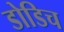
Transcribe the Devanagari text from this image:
डोडिच